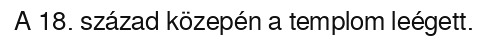
A 18. század közepén a templom leégett.